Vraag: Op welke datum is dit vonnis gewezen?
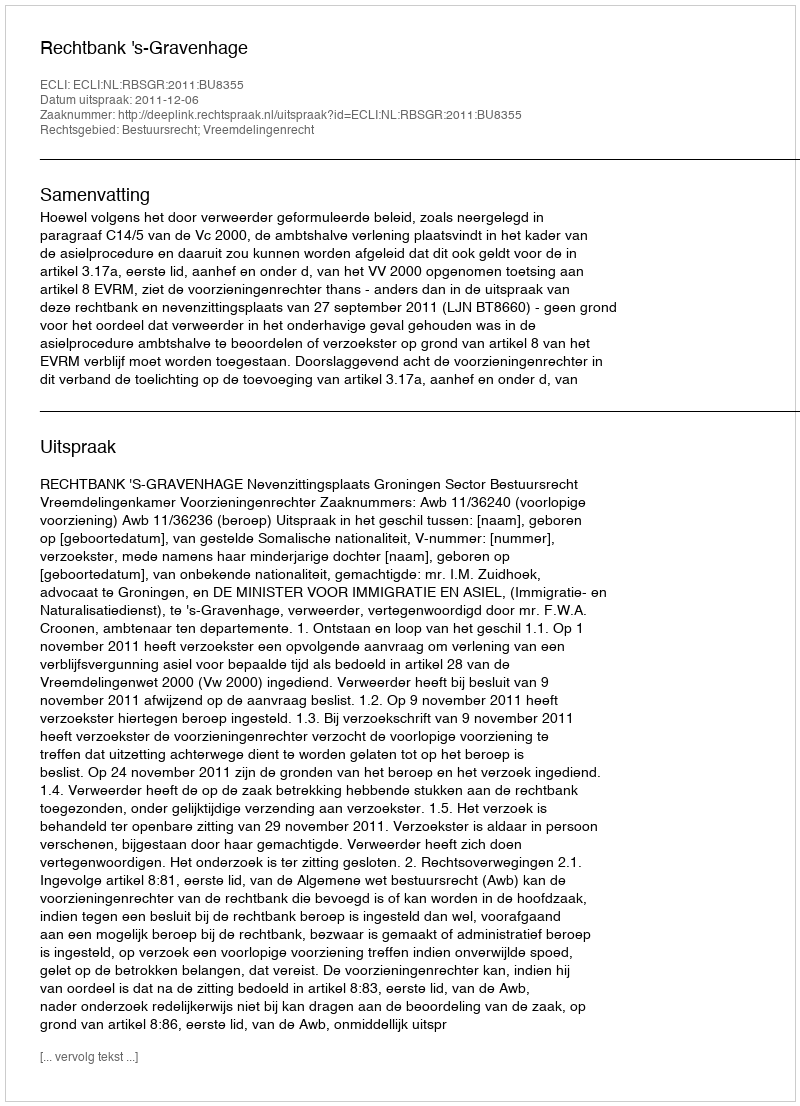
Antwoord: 2011-12-06